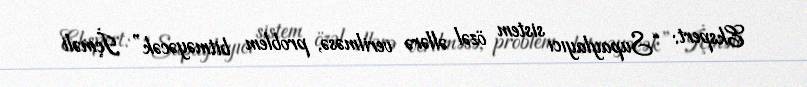
Ekspert: “Supaylayıcı sistem özəl əllərə verilməsə, problem bitməyəcək” İçməli